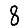
Digit: 8